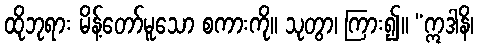
ထိုဘုရား မိန့်တော်မူသော စကားကို။ သုတွာ၊ ကြား၍။ “ဣဒါနိ၊